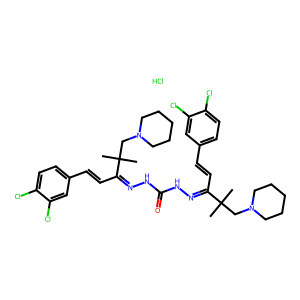
SMILES: CC(C)(CN1CCCCC1)C(C=Cc1ccc(Cl)c(Cl)c1)=NNC(=O)NN=C(C=Cc1ccc(Cl)c(Cl)c1)C(C)(C)CN1CCCCC1.Cl
Inhibits HIV replication: No